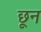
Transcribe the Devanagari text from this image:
छून